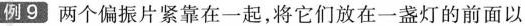
例9 两个偏振片紧靠在一起，将它们放在一盏灯的前面以